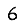
Digit: 6